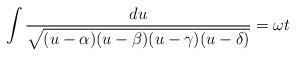
LaTeX: \begin{align*}\int \frac{du}{\sqrt{(u-\alpha)(u-\beta)(u-\gamma)(u-\delta)}}= \omega t\end{align*}